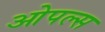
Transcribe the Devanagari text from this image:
ओपल्स